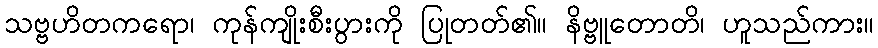
သဗ္ဗဟိတကရော၊ ကုန်ကျိုးစီးပွားကို ပြုတတ်၏။ နိဗ္ဗူတောတိ၊ ဟူသည်ကား။